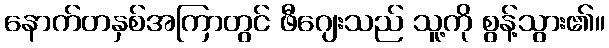
နောက်တနှစ်အကြာတွင် ဖီဂျေးသည် သူ့ကို စွန့်သွား၏။